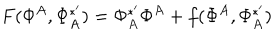
F ( \Phi ^ { A } , \Phi _ { A } ^ { * ^ { \prime } } ) = \Phi _ { A } ^ { * ^ { \prime } } \Phi ^ { A } + f ( \Phi ^ { A } , \Phi _ { A } ^ { * ^ { \prime } } )